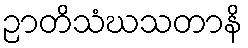
ဉာတိသံဃသတာနိ